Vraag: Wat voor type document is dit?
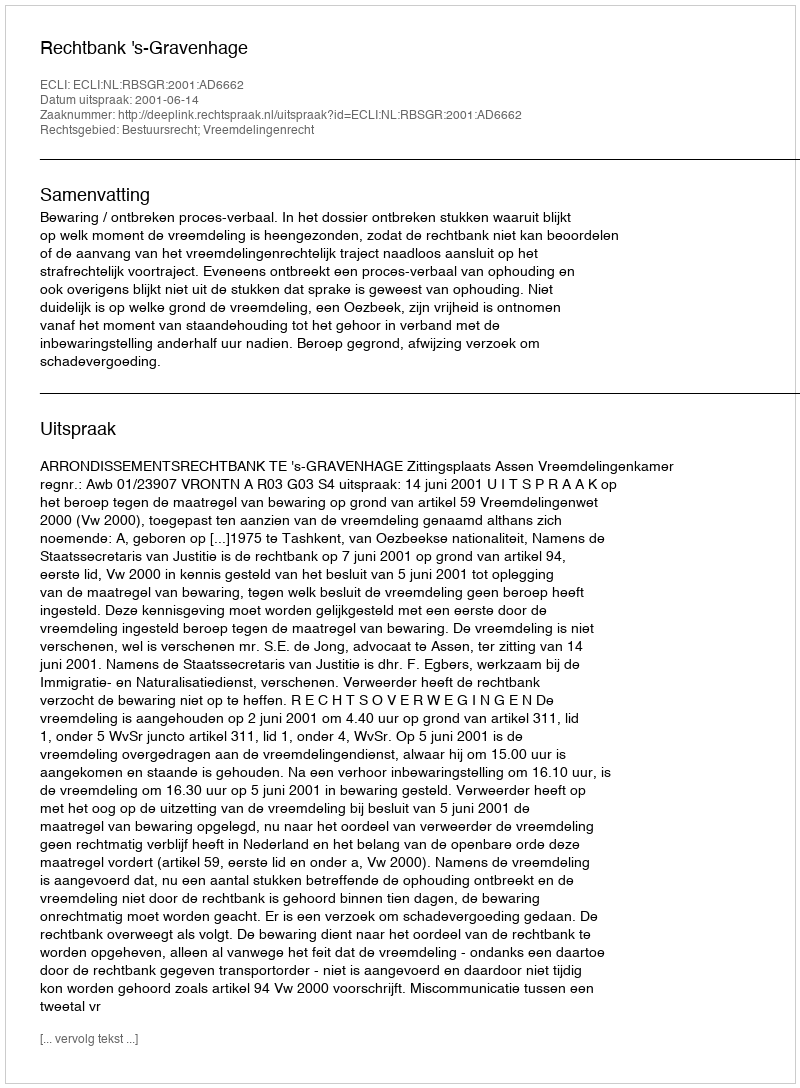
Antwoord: Uitspraak